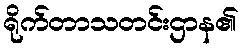
ရိုက်တာသတင်းဌာန၏